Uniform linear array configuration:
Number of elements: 4
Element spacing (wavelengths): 0.25
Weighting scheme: blackman
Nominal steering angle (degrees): -15
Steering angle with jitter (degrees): -16.471
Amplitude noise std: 0.05
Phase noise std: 0.05

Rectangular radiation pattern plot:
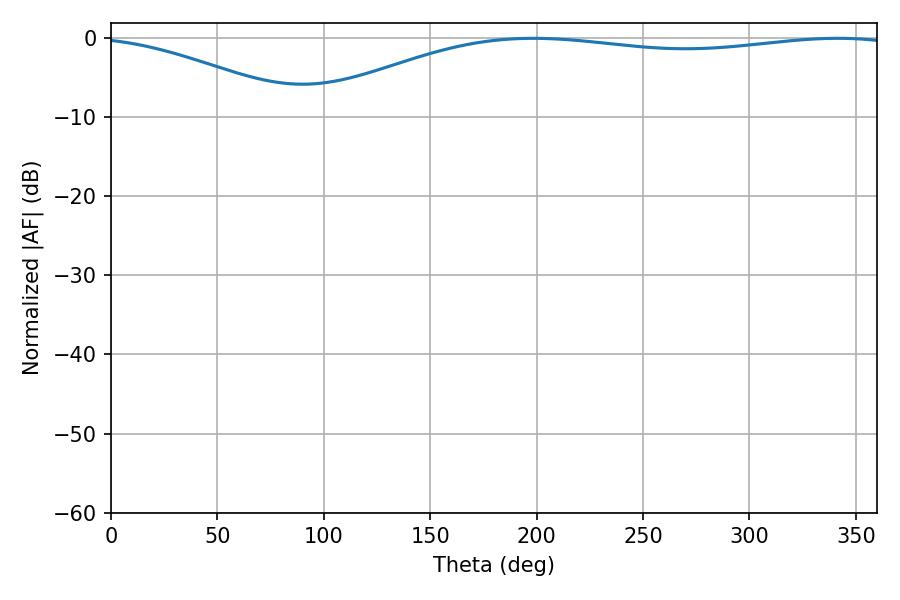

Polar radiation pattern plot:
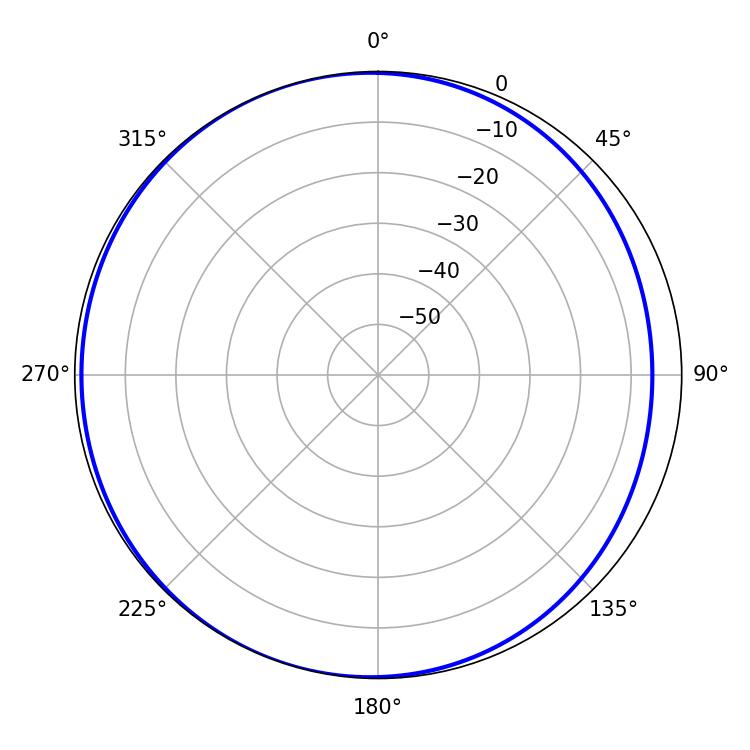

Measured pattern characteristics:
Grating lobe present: FALSE
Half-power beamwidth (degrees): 223.2
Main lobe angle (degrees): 198.36